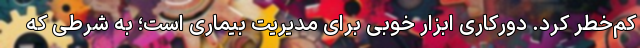
کم‌خطر کرد. دورکاری ابزار خوبی برای مدیریت بیماری است؛ به شرطی که